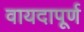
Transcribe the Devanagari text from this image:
वायदापूर्ण